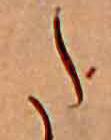
た